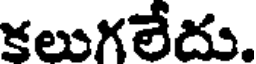
కలుగలేదు.